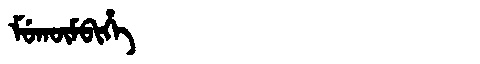
Manchu: ᠮᡠᡴᡡᠮᠪᡳᡥᡝ
Romanization: MUKŪMBIHE